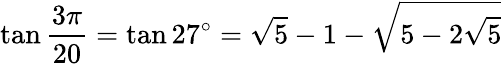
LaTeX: \tan{\frac{3\pi}{20}}=\tan 27^{\circ}={\sqrt{5}}-1-{\sqrt{5-2{\sqrt{5}}}}